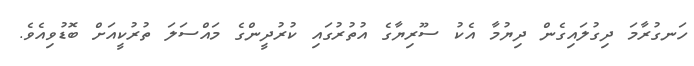
ހަނގުރާމަ ދިގުލައިގެން ދިޔުމާ އެކު ސޫރިޔާގެ އުތުރުގައި ކުރުދީންގެ މައްސަލަ ތުރުކީއަށް ބޮޑުވިއެވެ.